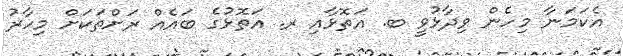
އެކަމަނާ މިހެން ވިދާޅުވީ ބ. އަތޮޅާއި ރ. އަތޮޅުގެ ބައެއް ރަށްތަކަށް މިހާރު